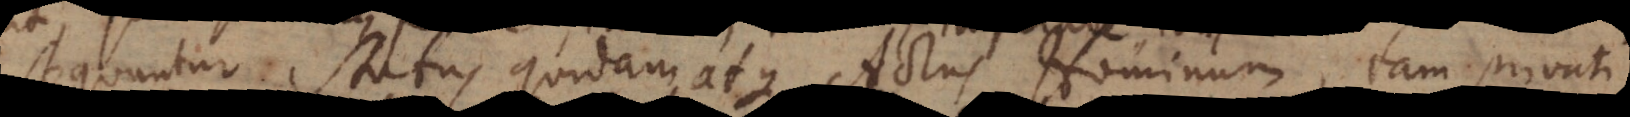
Sequuntur Status quidam atque Actus Hominum, tam privati